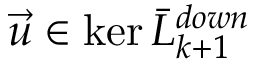
\vec { u } \in \ker \bar { L } _ { k + 1 } ^ { d o w n }